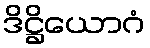
ဒိဋ္ဌိယောဂံ